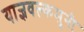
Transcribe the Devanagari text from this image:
याज्ञवल्कमुनी